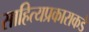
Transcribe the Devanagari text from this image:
साहित्यप्रकाराकडे